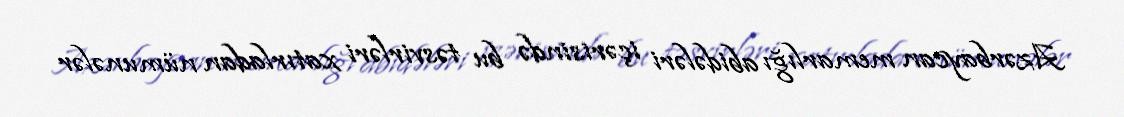
Azərbaycan memarlığı abidələri içərisində bu təsvirləri xatırladan nümunələr